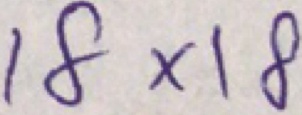
1 8 \times 1 8